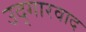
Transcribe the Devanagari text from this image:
उद्गारवाद